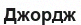
Джордж